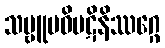
သဗ္ဗူပဓိပဋိနိဿဂ္ဂေ